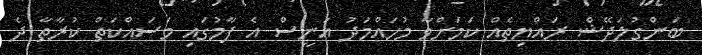
ބަންގުލަދޭޝް ރައްޔިތެއް ކަމަށްވާ މުހައްމަދު އަނީސް އެ ފާމުގައި މަސައްކަތް ކުރާތާ ދެ